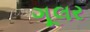
ગૂલર